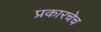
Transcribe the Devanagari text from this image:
प्रकारचेच